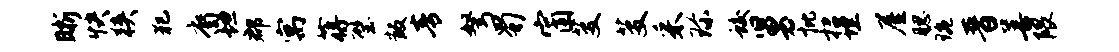
晰快狭犯裔坦郡寓蒋璧叛青弩蜀窗芟芟采珍蛟舅批招埋屋腮琬晋善隈